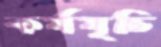
কর্মমূচি